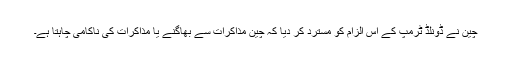
چین نے ڈونلڈ ٹرمپ کے اس الزام کو مسترد کر دیا کہ چین مذاکرات سے بھاگنے یا مذاکرات کی ناکامی چاہتا ہے۔